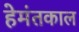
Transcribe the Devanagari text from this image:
हेमंतकाल